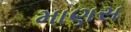
માણસ